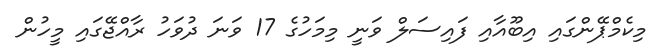
މިކެމްޕޭންގައި އިބޫއާއި ފައިސަލް ވަނީ މިމަހުގެ 17 ވަނަ ދުވަހު ރާއްޖޭގައި މީހުން